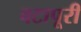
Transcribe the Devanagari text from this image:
वटापूरी